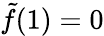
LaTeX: \tilde{f}(1)=0